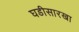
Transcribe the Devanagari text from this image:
घडीसारखा